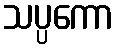
သပ္ပကော